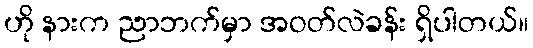
ဟို နားက ညာဘက်မှာ အဝတ်လဲခန်း ရှိပါတယ်။